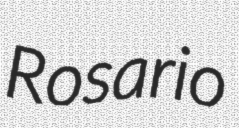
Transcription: Rosario